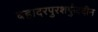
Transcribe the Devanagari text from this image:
बहादरपुरशर्फुददीन